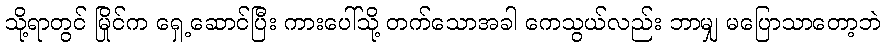
သို့ရာတွင် မြိုင်က ရှေ့ဆောင်ပြီး ကားပေါ်သို့ တက်သောအခါ ကေသွယ်လည်း ဘာမျှ မပြောသာတော့ဘဲ